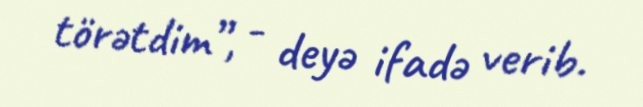
törətdim”, - deyə ifadə verib.